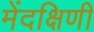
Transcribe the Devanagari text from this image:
मेंदक्षिणी